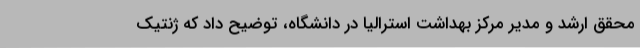
محقق ارشد و مدیر مرکز بهداشت استرالیا در دانشگاه، توضیح داد که ژنتیک